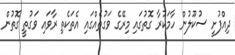
ދިއްފުށީ ސުކޫލުން ހާމަކުރާ ގޮތުގައި މިރޭގެ ވަގުތެއްގައި އެތަކެތި ރާވައި ވަގުތީ ގޮތުން